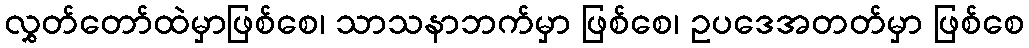
လွှတ်တော်ထဲမှာဖြစ်စေ၊ သာသနာဘက်မှာ ဖြစ်စေ၊ ဥပဒေအတတ်မှာ ဖြစ်စေ